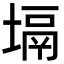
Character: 塥